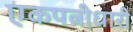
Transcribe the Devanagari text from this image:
एकपत्नीधारी